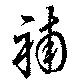
補